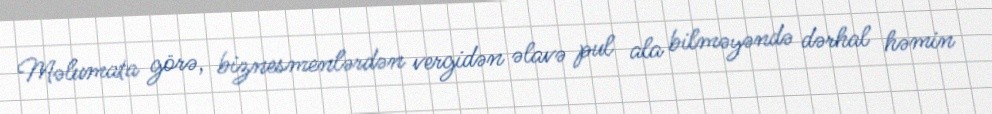
Məlumata görə, biznesmenlərdən vergidən əlavə pul ala bilməyəndə dərhal həmin